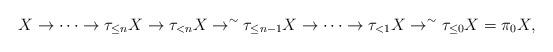
LaTeX: \begin{align*} X\to \cdots\to\tau_{\le n}X\to \tau_{<n}X\to^\sim \tau_{\le n-1}X\to\cdots\to \tau_{<1}X\to^\sim \tau_{\le 0}X=\pi_0X,\end{align*}